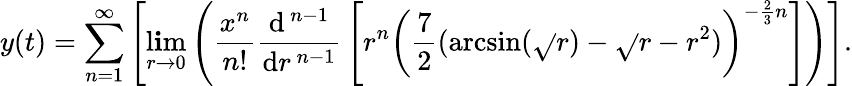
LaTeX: y(t)=\sum_{n=1}^{\infty}\left[\operatorname*{l\mathbf{i}m}_{r\to0}\left({\frac{{x^{n}}}{{n!}}}{\frac{{\mathrm{{d}}^{\, n-1}}}{{\mathrm{{d}}r^{\, n-1}}}}\left[r^{n}\left({\frac{{7}}{{2}}}(\arcsin({\sqrt{}{{r}}})-{\sqrt{}{{r-r^{2}}}})\right)^{-{\frac{{2}}{{3}}}n}\right]\right)\right].